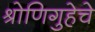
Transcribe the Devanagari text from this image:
श्रोणिगुहेचे